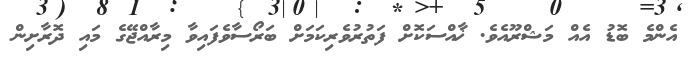
އެންމެ ބޮޑު އެއް މަޝްރޫއެވެ. ޚާއްސަކޮށް ފަތުރުވެރިކަމަށް ބަރޯސާވެފައިވާ މިރާއްޖޭގެ މައި ދޮރާށިން